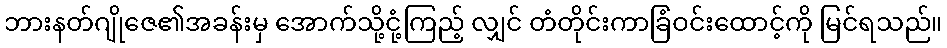
ဘားနတ်ဂျိုဇေ၏အခန်းမှ အောက်သို့ငုံ့ကြည့် လျှင် တံတိုင်းကာခြံဝင်းထောင့်ကို မြင်ရသည်။